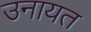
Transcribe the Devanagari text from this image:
उनायत